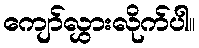
ကျော်လွှားလိုက်ပါ။